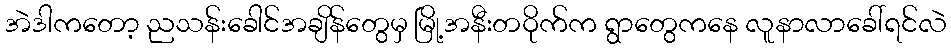
အဲဒါကတော့ ညသန်းခေါင်အချိန်တွေမှ မြို့အနီးတဝိုက်က ရွာတွေကနေ လူနာလာခေါ်ရင်လဲ